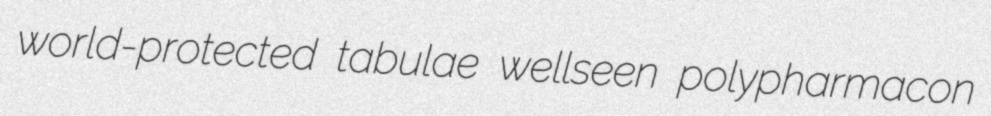
world-protected tabulae wellseen polypharmacon